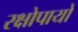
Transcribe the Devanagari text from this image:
रक्षोपायों